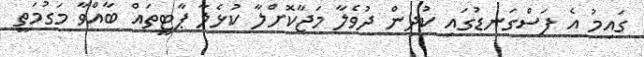
ގައިމު އެ ފަސްގަނޑުގައި ކުދިން ދުވެލާ މަޖާކޮށްލާ ކުޅެލާ ޕާޓީތައް ބާއްވާ މަގުމަތީ